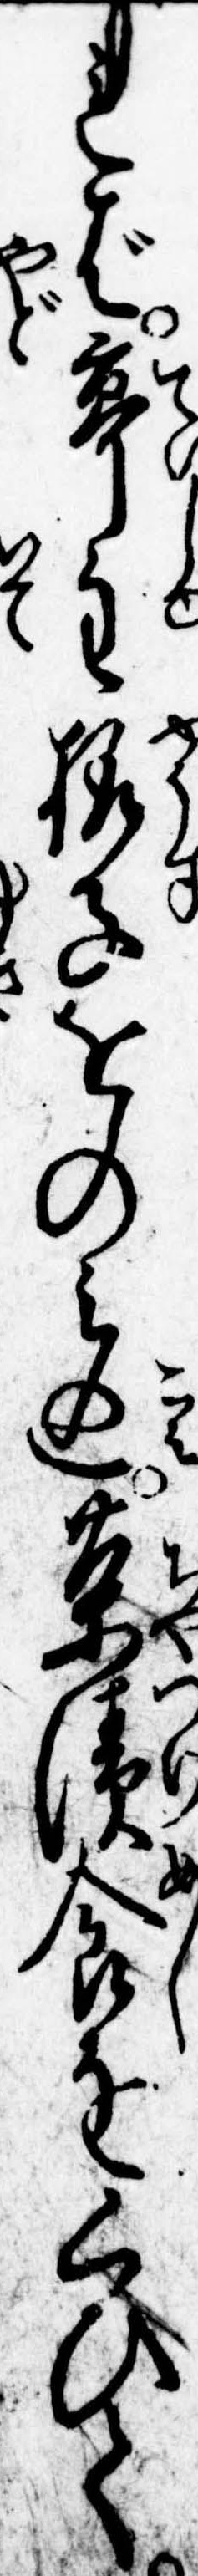
れば亭主様子をのみ込茶漬食をくひて